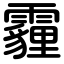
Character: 霾